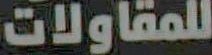
للمقاولات